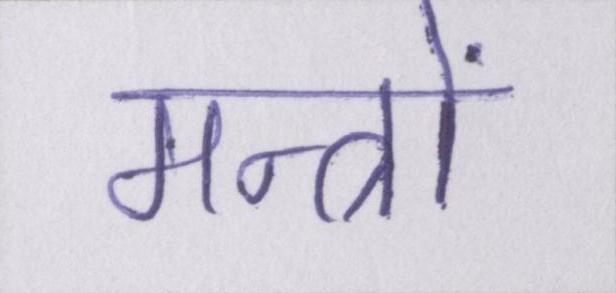
मन्त्रों